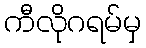
ကီလိုဂရမ်မှ